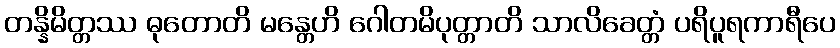
တန္နိမိတ္တဿ ဓုတောတိ မန္တေဟိ ဂေါတမိပုတ္တာတိ သာလိခေတ္တံ ပရိပူရကာရီပေ